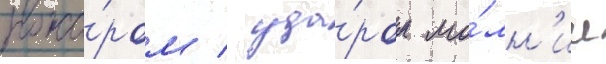
пожа́ром / уда́ром мо́лн'ии